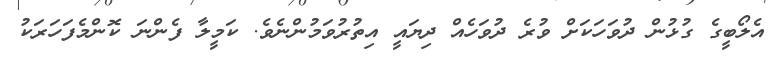
އެލޯބީގެ ގުޅުން ދުވަހަކަށް ވުރެ ދުވަހެއް ދިޔައީ އިތުރުވަމުންނެވެ. ކަމީލާ ފެންނަ ކޮންމެފަހަރަކު